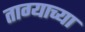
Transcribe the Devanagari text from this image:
ताग्याच्या